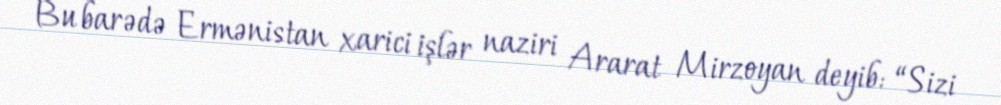
Bu barədə Ermənistan xarici işlər naziri Ararat Mirzoyan deyib: “Sizi